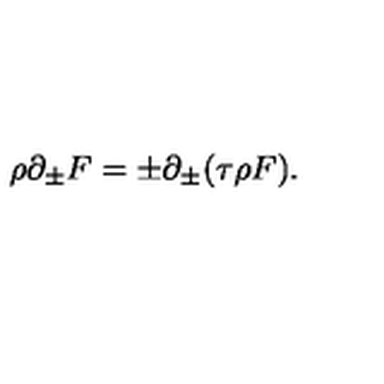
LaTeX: \rho \partial _ { \pm } F = \pm \partial _ { \pm } ( \tau \rho F ) .